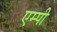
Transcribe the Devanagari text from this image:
एम्पी